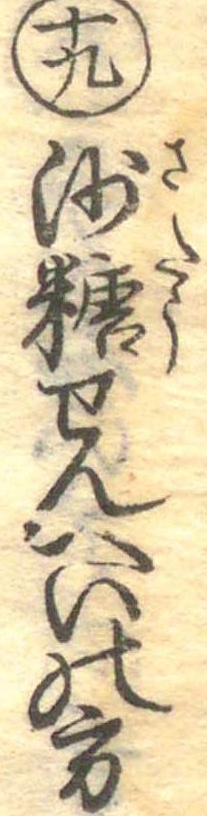
十九沙糖せんへいの方